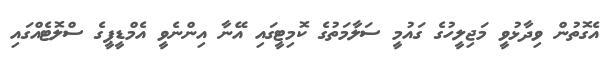
އެގޮތުން ވިދާޅުވީ މަޖިލީހުގެ ގައުމީ ސަލާމަތުގެ ކޮމިޓީގައި އޭނާ އިންނެވީ އެމްޑީޕީގެ ސްލޮޓެއްގައި